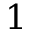
1